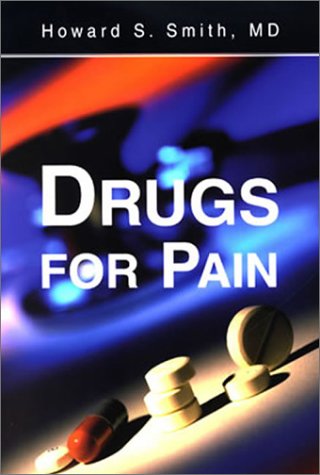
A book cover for Drugs for Pain, 1e; Howard S. Smith MD; Medical Books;